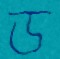
ড